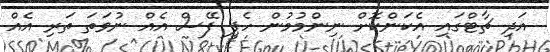
އަދި ޗާޓްގައި އެކަންކޮށް ނިންމުމުން ހެޕީ ފޭސް އެއް ނުވަތަ ތަރި އެއް